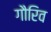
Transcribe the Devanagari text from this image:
गौरिव